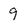
Character: 9